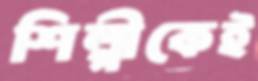
শিল্পীকেই